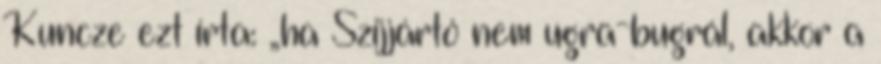
Kuncze ezt írta: „ha Szijjártó nem ugra-bugrál, akkor a